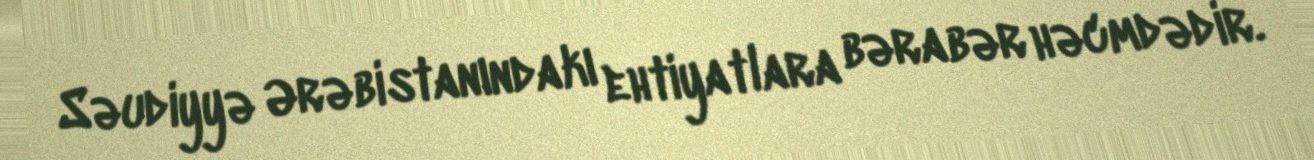
Səudiyyə Ərəbistanındakı ehtiyatlara bərabər həcmdədir.